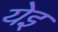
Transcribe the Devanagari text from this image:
येइ